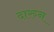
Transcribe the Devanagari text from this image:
दारुन